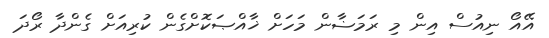
އޭއޯ ނިއުސް އިން މި ރަމަޟާން މަހަށް ޚާއްޞަކޮށްގެން ކުރިއަށް ގެންދާ ރޯދަ